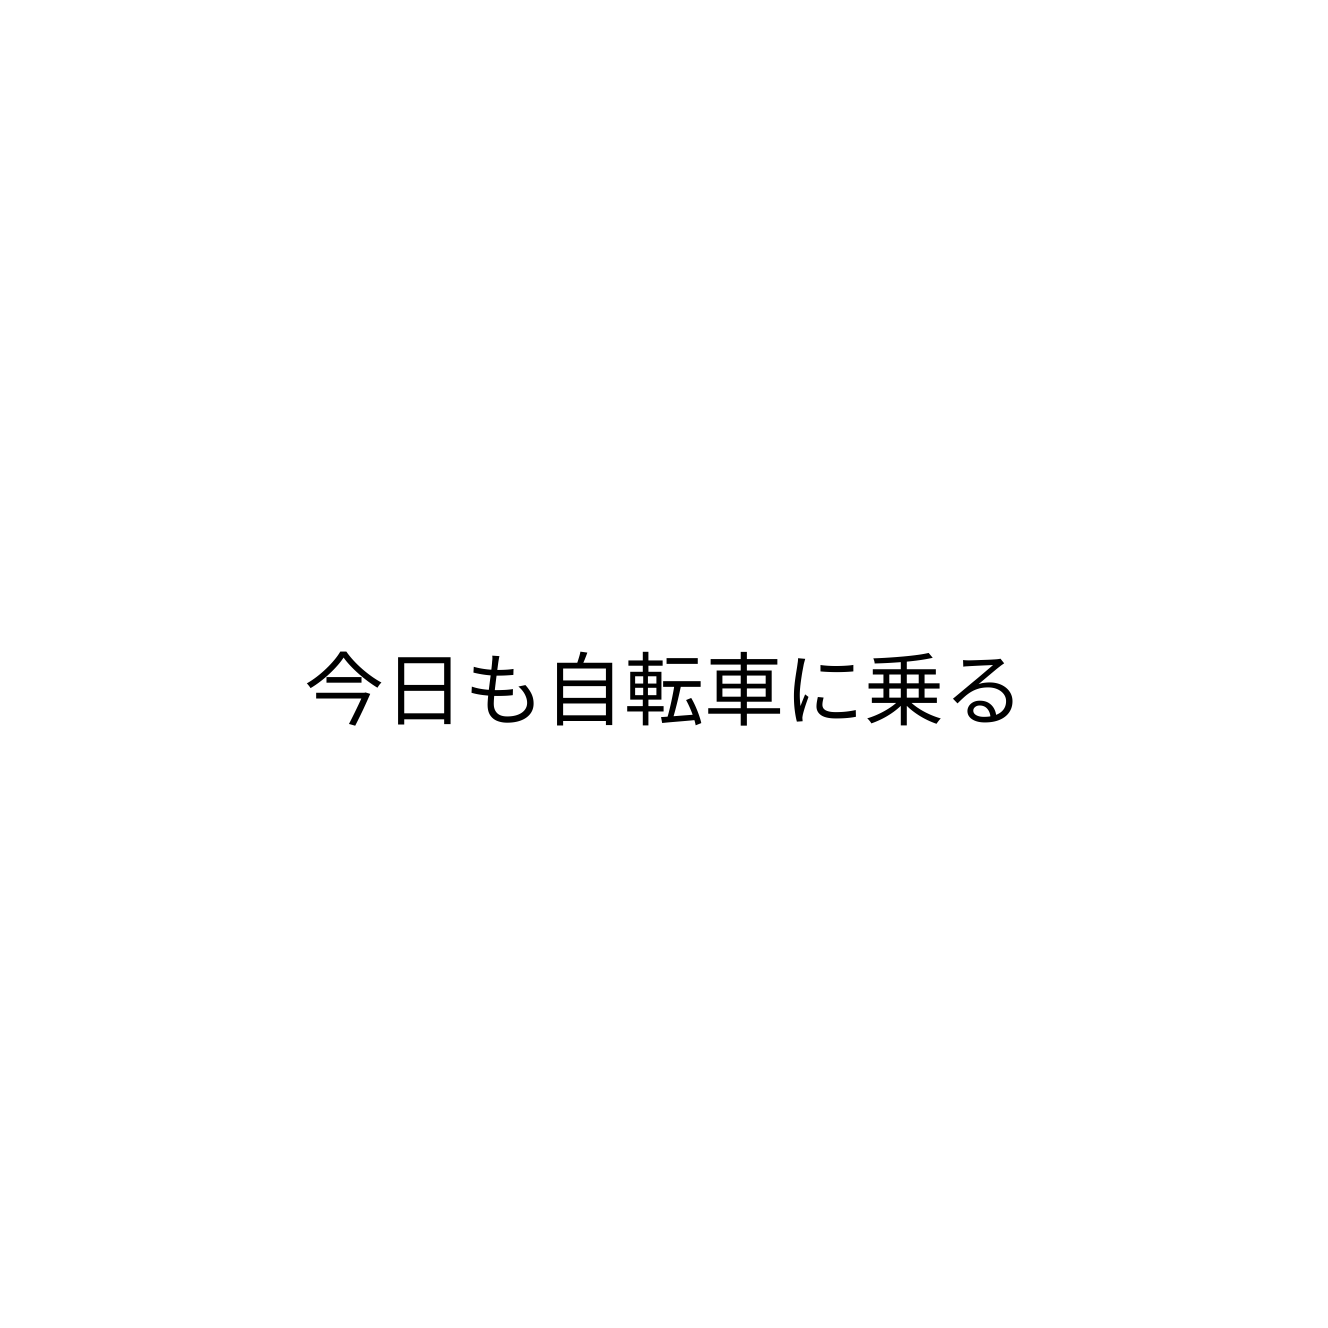
今日も自転車に乗る